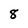
Character: 8